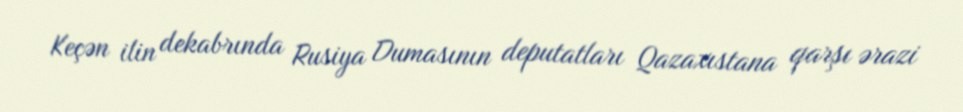
Keçən ilin dekabrında Rusiya Dumasının deputatları Qazaxıstana qarşı ərazi